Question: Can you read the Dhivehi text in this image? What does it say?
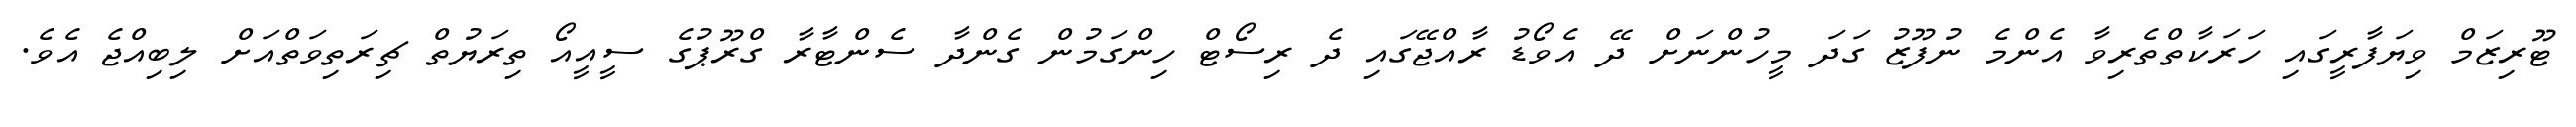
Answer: ޓޫރިޒަމް ވިޔަފާރީގައި ހަރަކާތްތެރިވާ އެންމެ ނުފޫޒު ގަދަ މީހުންނަށް ދޭ އެވޯޑު ރާއްޖޭގައި ދެ ރިސޯޓް ހިންގަމުން ގެންދާ ސެންޓާރާ ގްރޫޕުގެ ސީއީއޯ ތިރަޔުތް ޗިރަތިވަތްއަށް ލިބިއްޖެ އެވެ.